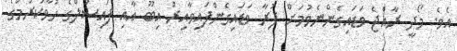
އެވެ. މޯދީ ރާއްޖެ ވަޑައިގެންނެވުމަށް ފުރާ ވަޑައިގެންފައިވާއިރު އިބޫ އާއި ފައިސަލްގެ ހުވާކުރުމުގެ